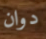
دوان